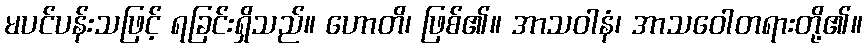
မပင်ပန်းသဖြင့် ရခြင်းရှိသည်။ ဟောတိ၊ ဖြစ်၏။ အာသဝါနံ၊ အာသဝေါတရားတို့၏။